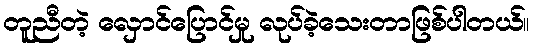
တူညီတဲ့ လှောင်ပြောင်မှု လုပ်ခဲ့သေးတာဖြစ်ပါတယ်။